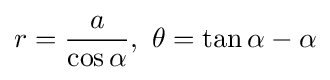
r={\frac {a}{\cos \alpha }},\ \theta =\tan \alpha -\alpha